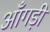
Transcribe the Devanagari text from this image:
आँगड़ी